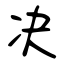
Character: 决